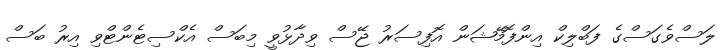
ލަސްވެގަސްގެ ފަބްލިކް އިންފޮމޭޝަން އޮފިސަރު ޖޭސް ވިދާޅުވީ މިބަސް އެކްސިޓެންޓްވި އިރު ބަސް